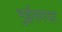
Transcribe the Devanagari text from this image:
भुईसरपट